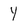
Character: Y